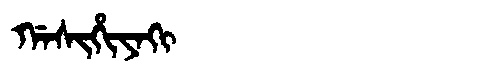
Manchu: ᡤᠠᠰᡳᡥᡳᠶᠠᡴᡳ
Romanization: GASIHIYAKI